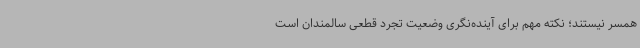
همسر نیستند؛ نکته مهم برای آینده‌نگری وضعیت تجرد قطعی سالمندان است